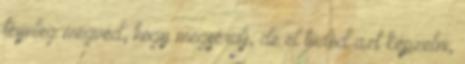
téynleg megvéd, hogy megsérülj, de el tudod azt képzelni,